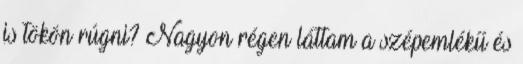
is tökön rúgni? Nagyon régen láttam a szépemlékű és